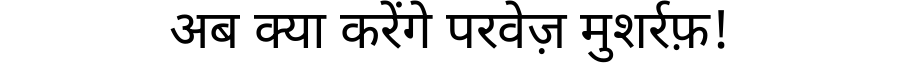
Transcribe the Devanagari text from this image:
अब क्या करेंगे परवेज़ मुशर्रफ़!